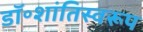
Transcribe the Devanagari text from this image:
डॉ॰शांतिस्वरूप